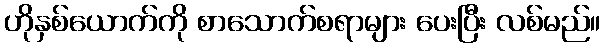
ဟိုနှစ်ယောက်ကို စာသောက်စရာများ ပေးပြီး လစ်မည်။